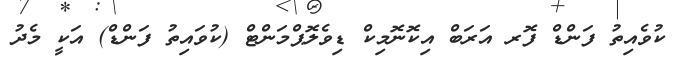
ކުވެއިތު ފަންޑް ފޮރ އަރަބް އިކޮނޮމިކް ޑިވެލޮޕްމަންޓް (ކުވައިތު ފަންޑް) އަކީ މެދު